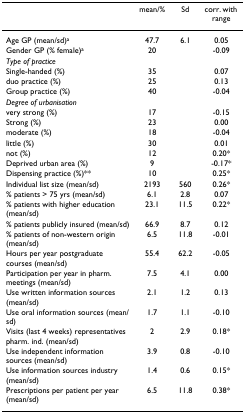
|  | mean/% | Sd | corr. with range |
 | --- | --- | --- | --- |
 | Age GP (mean/sd)a | 47.7 | 6.1 | 0.05 |
 | Gender GP (% female)a | 20 |  | -0.09 |
 | Type of practice |  |  |  |
 | Single-handed (%) | 35 |  | 0.07 |
 | duo practice (%) | 25 |  | 0.13 |
 | Group practice (%) | 40 |  | -0.04 |
 | Degree of urbanisation |  |  |  |
 | very strong (%) | 17 |  | -0.15 |
 | Strong (%) | 23 |  | 0.00 |
 | moderate (%) | 18 |  | -0.04 |
 | little (%) | 30 |  | 0.01 |
 | not (%) | 12 |  | 0.20* |
 | Deprived urban area (%) | 9 |  | -0.17* |
 | Dispensing practice (%)** | 10 |  | 0.25* |
 | Individual list size (mean/sd) | 2193 | 560 | 0.26* |
 | % patients > 75 yrs (mean/sd) | 6.1 | 2.8 | 0.07 |
 | % patients with higher education (mean/sd) | 23.1 | 11.5 | 0.22* |
 | % patients publicly insured (mean/sd) | 66.9 | 8.7 | 0.12 |
 | % patients of non-western origin (mean/sd) | 6.5 | 11.8 | -0.01 |
 | Hours per year postgraduate courses (mean/sd) | 55.4 | 62.2 | -0.05 |
 | Participation per year in pharm. meetings (mean/sd) | 7.5 | 4.1 | 0.00 |
 | Use written information sources (mean/sd) | 2.1 | 1.2 | 0.13 |
 | Use oral information sources (mean/sd) | 1.7 | 1.1 | -0.10 |
 | Visits (last 4 weeks) representatives pharm. ind. (mean/sd) | 2 | 2.9 | 0.18* |
 | Use independent information sources (mean/sd) | 3.9 | 0.8 | -0.10 |
 | Use information sources industry (mean/sd) | 1.4 | 0.6 | 0.15* |
 | Prescriptions per patient per year (mean/sd) | 6.5 | 11.8 | 0.38* |